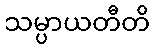
သမ္ပာယတီတိ